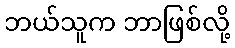
ဘယ်သူက ဘာဖြစ်လို့